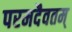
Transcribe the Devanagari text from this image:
परमदैवतम्